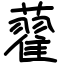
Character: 藋